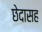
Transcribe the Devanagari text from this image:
छेदासह